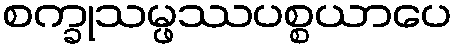
စက္ခုသမ္ဖဿပစ္စယာပေ